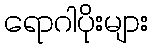
ရောဂါပိုးများ